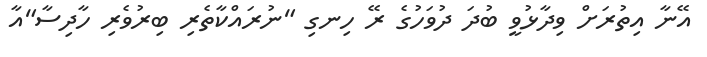
އޭނާ އިތުރަށް ވިދާޅުވީ ބުދަ ދުވަހުގެ ރޭ ހިނގި "ނުރައްކާތެރި ބިރުވެރި ހާދިސާ"އާ